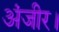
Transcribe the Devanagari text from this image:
अंजीर।